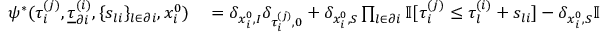
\begin{array} { r l } { \psi ^ { * } ( \tau _ { i } ^ { ( j ) } , \underline { { \tau } } _ { \partial i } ^ { ( i ) } , \{ s _ { l i } \} _ { l \in \partial i } , x _ { i } ^ { 0 } ) } & { { } = \delta _ { x _ { i } ^ { 0 } , I } \delta _ { \tau _ { i } ^ { ( j ) } , 0 } + \delta _ { x _ { i } ^ { 0 } , S } \prod _ { l \in \partial i } \mathbb { I } [ \tau _ { i } ^ { ( j ) } \leq \tau _ { l } ^ { ( i ) } + s _ { l i } ] - \delta _ { x _ { i } ^ { 0 } , S } \mathbb { I } [ \tau _ { i } ^ { ( j ) } < T + 1 ] \prod _ { l \in \partial i } \mathbb { I } [ \tau _ { i } ^ { ( j ) } < \tau _ { l } ^ { ( i ) } + s _ { l i } ] } \end{array}